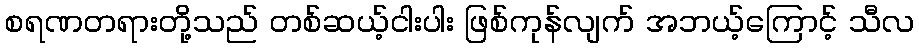
စရဏတရားတို့သည် တစ်ဆယ့်ငါးပါး ဖြစ်ကုန်လျက် အဘယ့်ကြောင့် သီလ